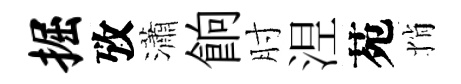
掘攷瀟餉肘𣵀苑悄